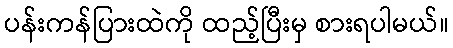
ပန်းကန်ပြားထဲကို ထည့်ပြီးမှ စားရပါမယ်။